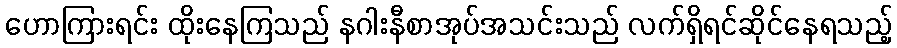
ဟောကြားရင်း ထိုးနေကြသည် နဂါးနီစာအုပ်အသင်းသည် လက်ရှိရင်ဆိုင်နေရသည့်